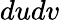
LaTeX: dudv